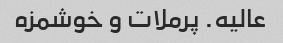
عالیه. پرملات و خوشمزه